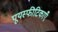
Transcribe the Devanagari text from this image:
पूयस्फीटिकाएँ